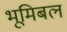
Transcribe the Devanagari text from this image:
भूमिबल